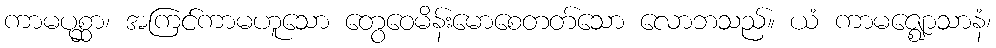
ကာမပုစ္ဆာ၊ အကြင်ကာမဟူသော တွေဝေမိန်းမောစေတတ်သော လောဘသည်။ ယံ ကာမဇ္ဈောသာနံ၊